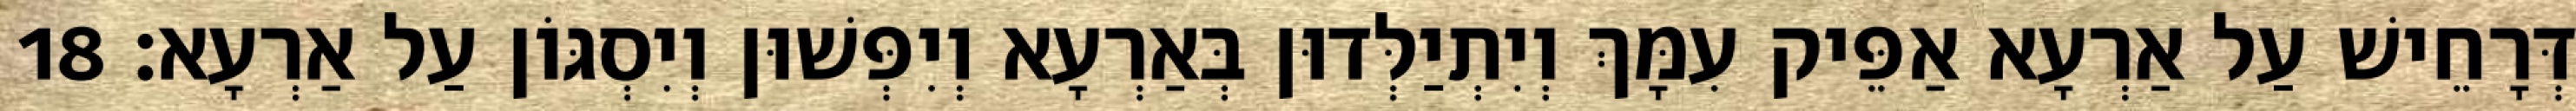
דְּרָחֵישׁ עַל אַרְעָא אַפֵּיק עִמָּךְ וְיִתְיַלְּדוּן בְּאַרְעָא וְיִפְּשׁוּן וְיִסְגּוֹן עַל אַרְעָא׃ 18